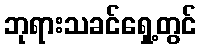
ဘုရားသခင်ရှေ့တွင်